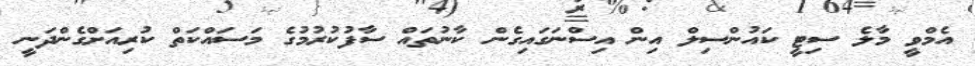
އެމްވީ މާލެ ސިޓީ ކައުންސިލް އިން އިސްނަގައިގެން ކާނުތައް ސާފުކުރުމުގެ މަސައްކަތް ކުރިއަށްގެންދަނީ